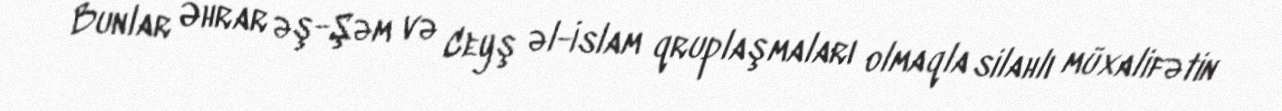
Bunlar Əhrar əş-Şəm və Ceyş əl-İslam qruplaşmaları olmaqla silahlı müxalifətin